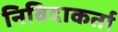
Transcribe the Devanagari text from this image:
निविदाकर्ता